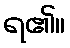
ရ၏။